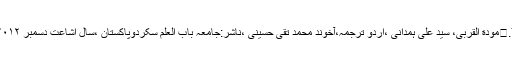
7.	مودة القربیٰ، سید علی ہمدانی ،اردو ترجمہ،آخوند محمد تقی حسینی ،ناشر:جامعہ باب العلم سکردوپاکستان ،سال اشاعت دسمبر ٢٠١٢۔